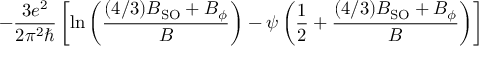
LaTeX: - { \frac { 3 e ^ { 2 } } { 2 \pi ^ { 2 } \hbar } } \left[ \ln \left( { \frac { ( 4 / 3 ) B _ { \mathrm { S O } } + B _ { \phi } } { B } } \right) - \psi \left( { \frac { 1 } { 2 } } + { \frac { ( 4 / 3 ) B _ { \mathrm { S O } } + B _ { \phi } } { B } } \right) \right]